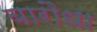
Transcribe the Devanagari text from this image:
बारौधा